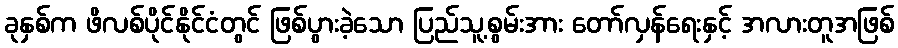
ခုနှစ်က ဖိလစ်ပိုင်နိုင်ငံတွင် ဖြစ်ပွားခဲ့သော ပြည်သူ့စွမ်းအား တော်လှန်ရေးနှင့် အလားတူအဖြစ်